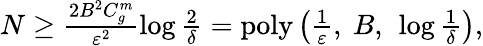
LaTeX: \begin{array}{r}{N\ge\frac{2B^{2}C_{g}^{m}}{\varepsilon^{2}}\log\frac{2}{\delta}=\mathrm{poly}\left(\frac{1}{\varepsilon},\ B,\ \log\frac{1}{\delta}\right),}\end{array}